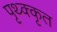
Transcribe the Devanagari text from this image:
पृथ्क्कृत